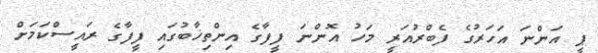
ޕީ އަންނަ އަހަރުގެ ފެބްރުއަރީ މަހު އޮންނަ ފީފާގެ އިންތިޚާބުގައި ފީފާގެ ރައީސްކަމަށް